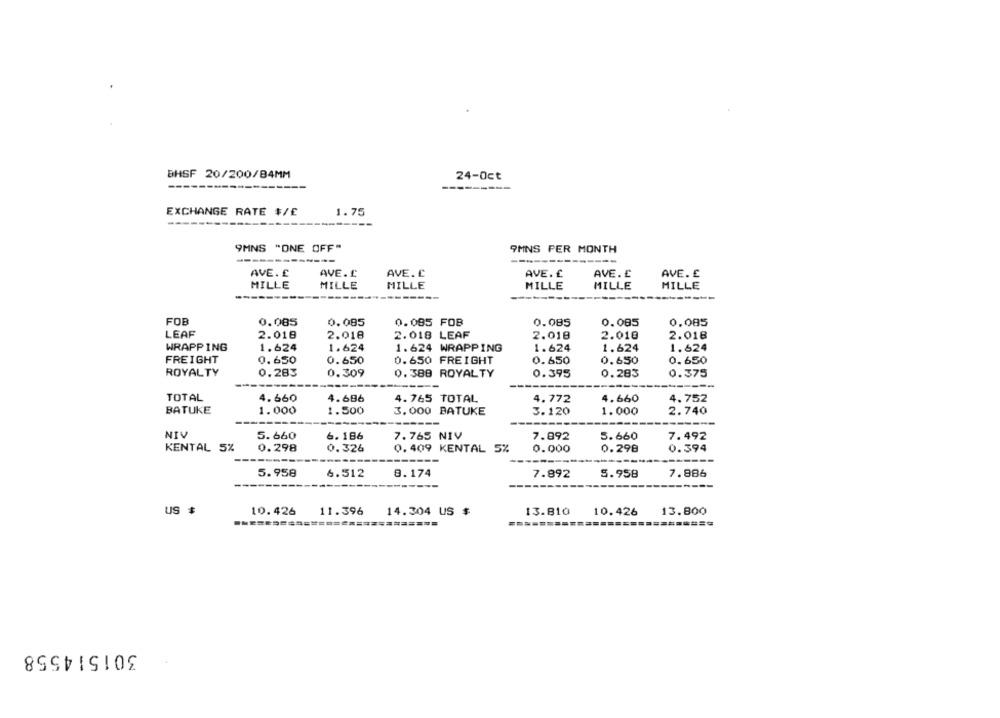
BHSF 20/200/84MM
24-Oct
---------
EXCHANGE RATE $/£
1.75
9MNS "ONE OFF"
9MNS PER MONTH
----
--
---
AVE . £
AVE. C.
AVE. £
AVE. £
AVE. £
AVE. £
MILLE
MILLE
MILLE
MILLE
MILLE
MILLE
FOB
0.085
0.085
0.085 FOB
0.085
0.085
0.085
LEAF
2.018
2.018
2.018 LEAF
2.018
2.010
2.018
WRAPPING
1.624
1.624
1.624 WRAPPING
1.624
1.624
1.624
FREIGHT
0.650
0.650
0.650 FREIGHT
0.650
0.650
0.650
ROYALTY
0.283
0.309
0. 388 ROYALTY
0.395
0.283
0.375
TOTAL
4.660
4.696
4.765 TOTAL
4.772
4.660
4.752
BATUKE
1.000
1.500
2.740
3.000 BATUKE
3.120
1.000
---
NIV
5.660
6.186
7.765 NIV
7.892
5.660
7.492
KENTAL 5%
0.298
0.326
0.409 KENTAL 5%
0.000
0.298
0.394
--
5.958
6.512
8.174
7.886
7.892
5.958
US $
10.426
11.396
14.304 US $
13.810
10.426 13.800
========
301514558